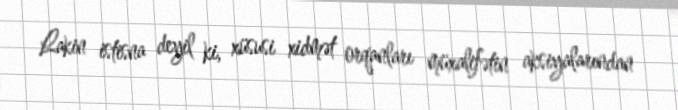
Lakin istisna deyil ki, xüsusi xidmət orqanları müxalifətin aksiyalarından